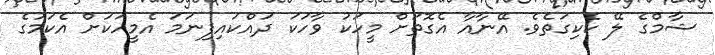
ޝާމްގެ ލޭ ކެކިގަތެވެ. އޭނާއާ އެގޮތަށް މީހަކު ވާހަކަ ދައްކައިފިނަމަ އެމީހަކަށް އެކަމުގެ